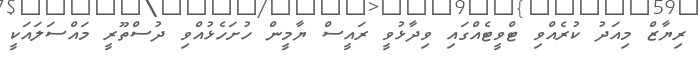
ރިޔާޒް މިއަދު ކުރެއްވި ޓްވީޓެއްގައި ވިދާޅުވީ ރައީސް ޔާމީން ހުށަހެޅުއްވި ދުސްތޫރީ މައްސަލައަކީ